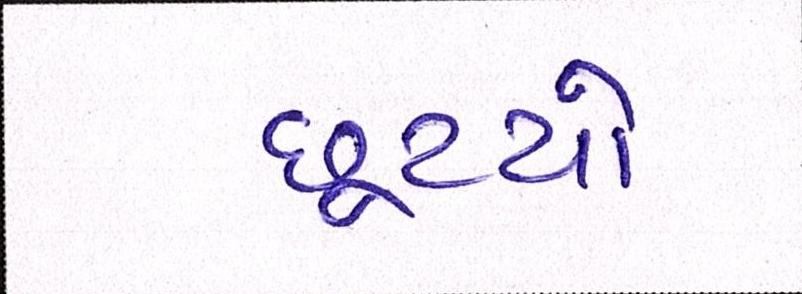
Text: છૂટયો